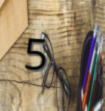
5